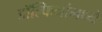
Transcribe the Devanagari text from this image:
डॉल्फिनांमध्ये